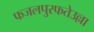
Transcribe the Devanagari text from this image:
फजलपुरफतेउल्ला